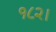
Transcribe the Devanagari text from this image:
१८२।